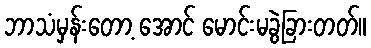
ဘာသံမှန်းတော့ အောင် မောင်းမခွဲခြားတတ်။